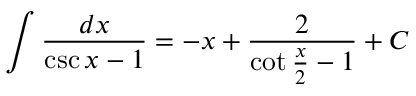
\int { \frac { d x } { \csc { x } - 1 } } = - x + { \frac { 2 } { \cot { \frac { x } { 2 } } - 1 } } + C